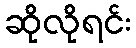
ဆိုလိုရင်း